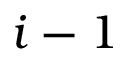
i - 1